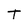
Character: T